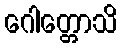
ဂေါတ္တောသိ